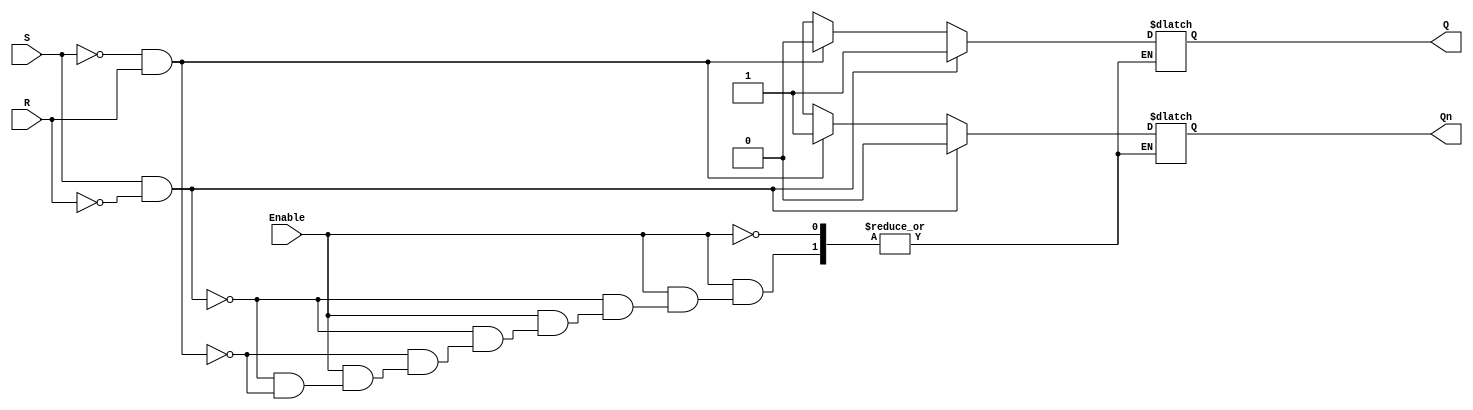
module gated_sr_latch (
    input wire S,        // Set input
    input wire R,        // Reset input
    input wire Enable,   // Enable input
    output reg Q,        // Output Q
    output reg Qn        // Output Q' (complement of Q)
);

always @(*) begin
    if (Enable) begin
        if (S && ~R) begin
            Q = 1'b1;   // Set Q to 1
            Qn = 1'b0;  // Q' becomes 0
        end else if (~S && R) begin
            Q = 1'b0;   // Reset Q to 0
            Qn = 1'b1;  // Q' becomes 1
        end else if (~S && ~R) begin
            // Maintain previous state (no change)
            Q = Q;      // Q retains its value
            Qn = Qn;    // Q' retains its value
        end else begin
            // S = 1 and R = 1 condition is indeterminate
            // You can choose to handle it as needed
            // Here we will just maintain the previous state
            Q = Q;      // Q retains its value
            Qn = Qn;    // Q' retains its value
        end
    end
    // If Enable is low, retain the current state
end

endmodule